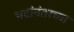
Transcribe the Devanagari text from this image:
भटांनंतरच्या